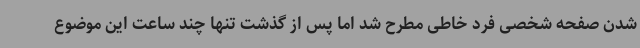
شدن صفحه شخصی فرد خاطی مطرح شد اما پس از گذشت تنها چند ساعت این موضوع